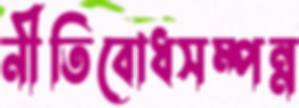
নীতিবোধসম্পন্ন